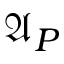
{ \mathfrak { A } } _ { P }